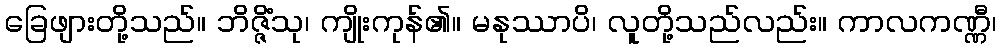
ခြေဖျားတို့သည်။ ဘိဇ္ဇိံသု၊ ကျိုးကုန်၏။ မနုဿာပိ၊ လူတို့သည်လည်း။ ကာလကဏ္ဏီ၊